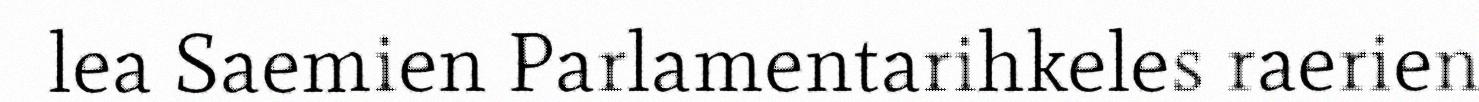
lea Saemien Parlamentarihkeles raerien